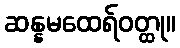
ဆန္နမထေရ်ဝတ္ထု။